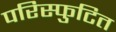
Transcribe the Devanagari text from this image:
परिस्फुटित